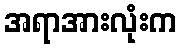
အရာအားလုံးက